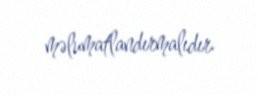
məlumatlandırmalıdır.